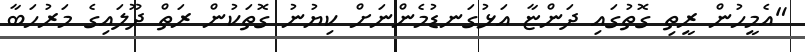
"އެމީހުން ރީތި ގޮތުގައި ދަންޏާ އަޅުގަނޑުމެންނަށް ކިޔުނު ގޮތަކުން ރަތް ދޫލައިގެ މަރުހަބާ